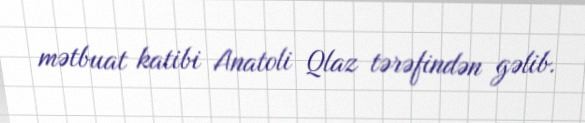
mətbuat katibi Anatoli Qlaz tərəfindən gəlib.